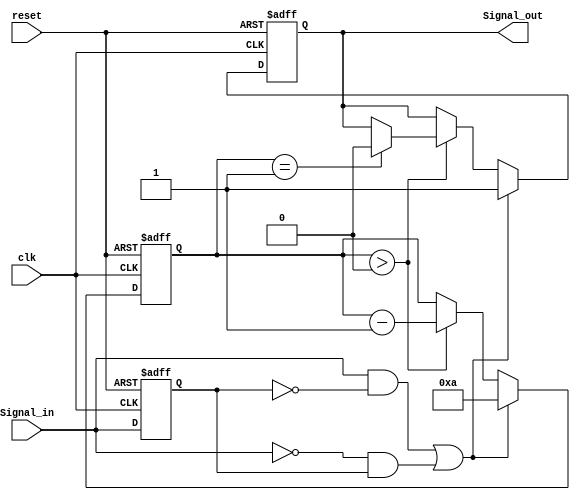
module MonostableEdgeDetector #(
    parameter PULSE_WIDTH = 10 // Pulse width in clock cycles
)(
    input wire clk,           // Clock input
    input wire reset,         // Reset input
    input wire Signal_in,     // Input signal to monitor
    output reg Signal_out     // Output pulse signal
);

    // Internal registers for edge detection
    reg Signal_in_prev;       // Previous state of Signal_in
    reg [3:0] counter;        // Counter for pulse width

    // Edge detection logic
    wire rising_edge = (Signal_in && ~Signal_in_prev);
    wire falling_edge = (~Signal_in && Signal_in_prev);

    // Sequential logic to detect edges and generate pulse
    always @(posedge clk or posedge reset) begin
        if (reset) begin
            Signal_in_prev <= 1'b0;
            Signal_out <= 1'b0;
            counter <= 0;
        end else begin
            // Edge detection
            Signal_in_prev <= Signal_in;

            if (rising_edge || falling_edge) begin
                // Trigger pulse generation on edge detection
                Signal_out <= 1'b1; // Generate pulse
                counter <= PULSE_WIDTH; // Load counter with pulse width
            end else if (counter > 0) begin
                // Continue counting down
                counter <= counter - 1;
                if (counter == 1) begin
                    Signal_out <= 1'b0; // Reset pulse when counter reaches zero
                end
            end
        end
    end
endmodule